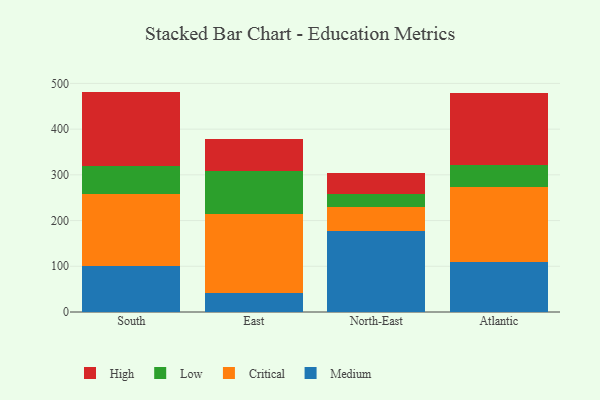
{"axis": {"x": "Region", "y": "Market Share (%)"}, "legend": ["Critical", "High", "Low", "Medium"], "data": [{"x": "South", "y": 100.7, "type": "Medium"}, {"x": "South", "y": 156.7, "type": "Critical"}, {"x": "South", "y": 62.6, "type": "Low"}, {"x": "South", "y": 162.1, "type": "High"}, {"x": "East", "y": 40.9, "type": "Medium"}, {"x": "East", "y": 172.9, "type": "Critical"}, {"x": "East", "y": 93.6, "type": "Low"}, {"x": "East", "y": 71.3, "type": "High"}, {"x": "North-East", "y": 177.0, "type": "Medium"}, {"x": "North-East", "y": 52.3, "type": "Critical"}, {"x": "North-East", "y": 28.7, "type": "Low"}, {"x": "North-East", "y": 46.7, "type": "High"}, {"x": "Atlantic", "y": 108.7, "type": "Medium"}, {"x": "Atlantic", "y": 164.4, "type": "Critical"}, {"x": "Atlantic", "y": 48.2, "type": "Low"}, {"x": "Atlantic", "y": 157.1, "type": "High"}]}